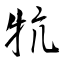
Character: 牨